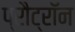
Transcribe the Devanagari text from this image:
प्रौट्रॉन